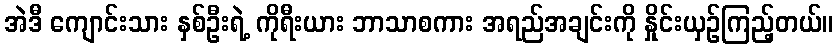
အဲဒီ ကျောင်းသား နှစ်ဦးရဲ့ ကိုရီးယား ဘာသာစကား အရည်အချင်းကို နှိုင်းယှဉ်ကြည့်တယ်။